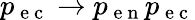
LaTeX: p_{\mathrm{~e~c~}}\rightarrow p_{\mathrm{~e~n~}}p_{\mathrm{~e~c~}}